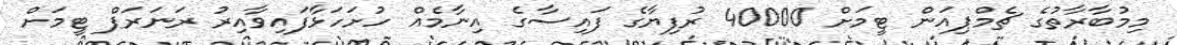
މިމުބާރާތުގެ ޗެމްޕިއަން ޓީމަށް 40000 ރުފިޔާގެ ފައިސާގެ އިނާމެއް ހުށަހަޅާފައިވާއިރު ރަނަރަޕް ޓީމަށް